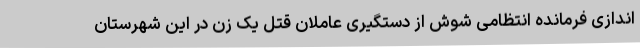
اندازی فرمانده انتظامی شوش از دستگیری عاملان قتل یک زن در این شهرستان